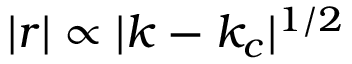
| r | \propto | k - k _ { c } | ^ { 1 / 2 }